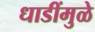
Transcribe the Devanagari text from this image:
धाडींमुळे